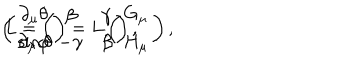
\left( \begin{array} { c } { { \partial _ { \mu } \theta } } \\ { { \sin \theta \hspace { 1 m m } \partial _ { \mu } \varphi } } \\ \end{array} \right) = L \left( \begin{array} { c } { { G _ { \mu } } } \\ { { H _ { \mu } } } \\ \end{array} \right) , \hspace { 3 m m } L = \left( \begin{array} { c c } { { \beta } } & { { \gamma } } \\ { { - \gamma } } & { { \beta } } \\ \end{array} \right) ,